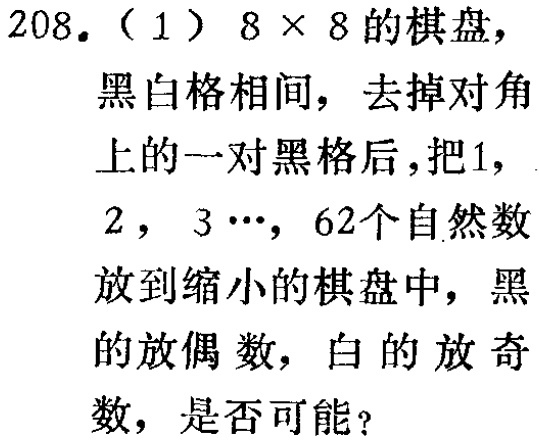
208. （1）$8 \times 8$的棋盘，黑白格相间，去掉对角上的一对黑格后，把1，2，3$\cdots$，62个自然数放到缩小的棋盘中，黑的放偶数，白的放奇数，是否可能？